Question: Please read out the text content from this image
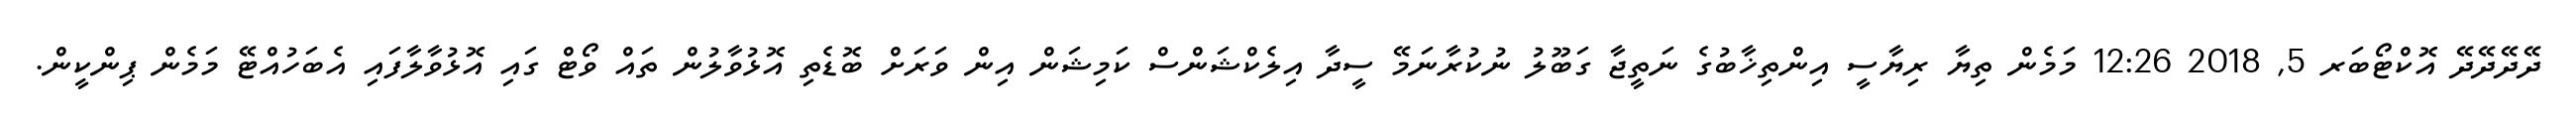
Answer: ދޭދޭދޭދޭ އޮކްޓޯބަރ 5, 2018 12:26 މަމެން ތިޔާ ރިޔާސީ އިންތިޚާބުގެ ނަތީޖާ ގަބޫލު ނުކުރާނަމޭ ސީދާ އިލެކްޝަންސް ކަމިޝަން އިން ވަރަށް ބޮޑެތި އޮޅުވާލުން ތައް ވޯޓް ގައި އޮޅުވާލާފައި އެބަހުއްޓޭ މަމެން ޕިންކީން.